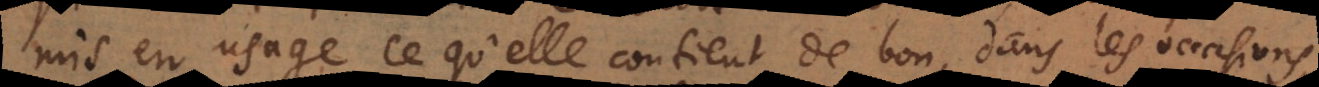
mis en usage ce qu’elle contient de bon, dans les occasions,